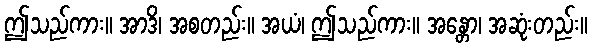
ဤသည်ကား။ အာဒိ၊ အစတည်း။ အယံ၊ ဤသည်ကား။ အန္တော၊ အဆုံးတည်း။